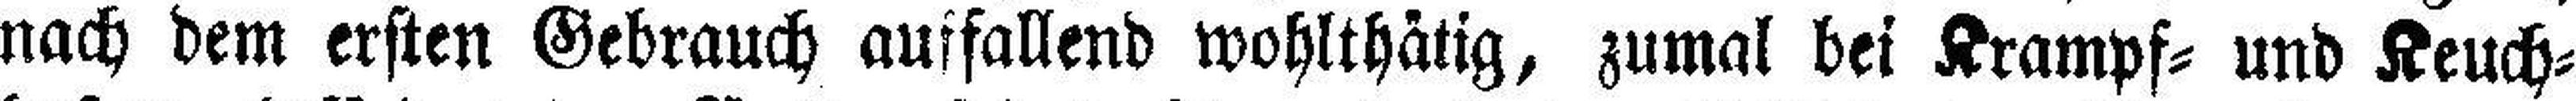
nach dem ersten Gebrauch auffallend wohlthätig, zumal bei Krampf= und Keuch¬